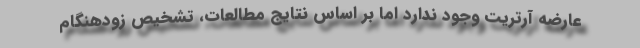
عارضه آرتریت وجود ندارد اما بر اساس نتایج مطالعات، تشخیص زودهنگام